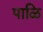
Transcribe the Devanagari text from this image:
पाळि